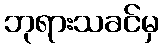
ဘုရားသခင်မှ